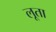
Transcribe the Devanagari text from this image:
लूता